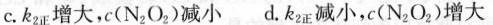
c.k_{2正}增大，c(N_{2}O_{2})减小 d.k_{2正}正减小，c(N_{2}O_{2})增大